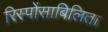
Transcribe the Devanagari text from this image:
रिस्पोंसाबिलिता